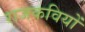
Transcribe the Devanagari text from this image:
राजकवियों